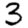
Digit: 3